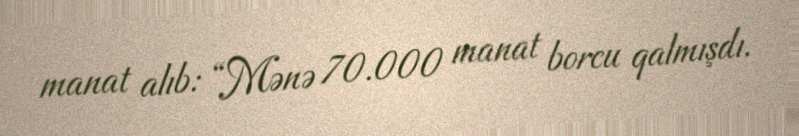
manat alıb: “Mənə 70.000 manat borcu qalmışdı.